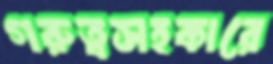
গরুত্বসহকারে